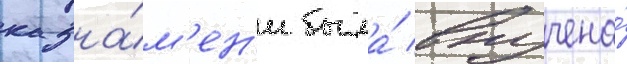
к зна́м'ен'и была́ вручена́